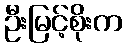
ဦးမြင့်စိုးက